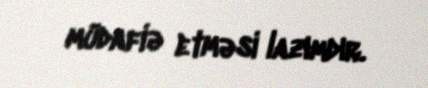
müdafiə etməsi lazımdır.